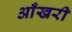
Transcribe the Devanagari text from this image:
आँखरी